Indian journal of veterinary science and animal husbandry - Volumes 18-21, 1948-1951
Year: 1948
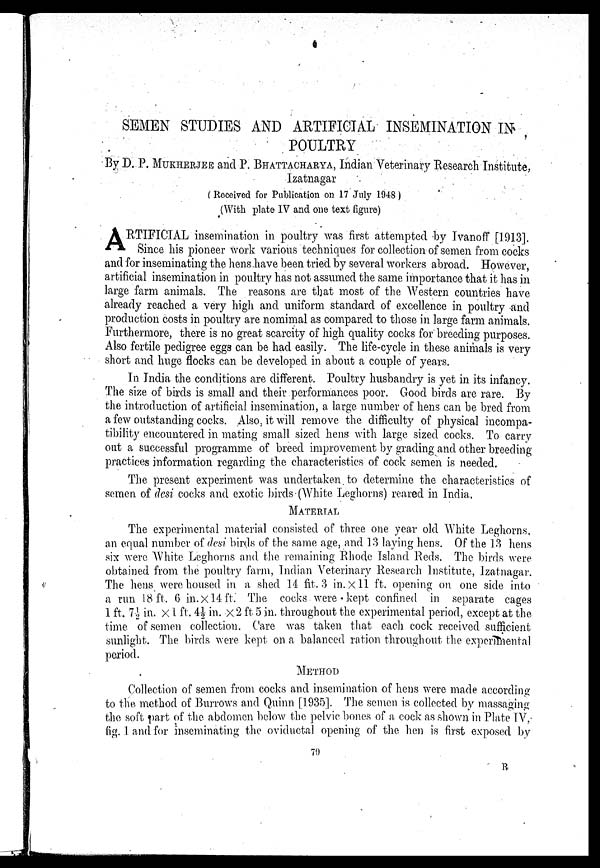
SEM EN STUDIES AND ARTIFICIAL INSEMINATION IN
POULTRY
By D. P. MUKHERJEE and P. BHATTACHARYA, Indian Veterinary Research Institute,
Izatnagar
(Received for Publication on 17 July 1948)
(With plate IV and one text figure)
A RTIFICIAL insemination in poultry was first attempted by Ivanoff [1913].
Since his pioneer work various techniques for collection of semen from cocks
and for inseminating the hens have been tried by several workers abroad. However,
artificial insemination in poultry has not assumed the same importance that it has in
large farm animals. The reasons are that most of the Western countries have
already reached a very high and uniform standard of excellence in poultry and
production costs in poultry are nomimal as compared to those in large farm animals.
Furthermore, there is no great scarcity of high quality cocks for breeding purposes.
Also fertile pedigree eggs can be had easily. The life-cycle in these animals is very
short and huge flocks can be developed in about a couple of years.
In India the conditions are different. Poultry husbandry is yet in its infancy.
The size of birds is small and their performances poor. Good birds are rare. By
the introduction of artificial insemination, a large number of hens can be bred from
a few outstanding cocks. Also, it will remove the difficulty of physical incompa-
tibility encountered in mating small sized hens with large sized cocks. To carry
out a successful programme of breed improvement by grading and other breeding
practices information regarding the characteristics of cock semen is needed.
The present experiment was undertaken to determine the characteristics of
semen of desi cocks and exotic birds (White Leghorns) reared in India.
MATERIAL
The experimental material consisted of three one year old White Leghorns,
an equal number of desi birds of the same age, and 13 laying hens. Of the 13 hens
six were White Leghorns and the remaining Rhode Island Reds. The birds were
obtained from the poultry farm, Indian Veterinary Research Institute, Izatnagar.
The hens were housed in a shed 14 fit, 3 in. × 11 ft. opening on one side into
a run 18 ft. 6 in. × 14 ft. The cocks were kept confined in separate cages
1 ft. 7½ in. × 1 ft. 4½ in. × 2 ft 5 in. throughout the experimental period, except at the
time of semen collection. Care was taken that each cock received sufficient
sunlight. The birds were kept on a balanced ration throughout the experimental
period.
METHOD
Collection of semen from cocks and insemination of hens were made according
to the method of Burrows and Quinn [1935]. The semen is collected by massaging
the soft part of the abdomen below the pelvic bones of a cock as shown in Plate IV.
fig. 1 and for inseminating the oviductal opening of the hen is first exposed by
79
R